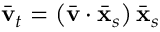
\bar { \mathbf { v } } _ { t } = \left( \bar { \mathbf { v } } \cdot \bar { \mathbf { x } } _ { s } \right) \bar { \mathbf { x } } _ { s }